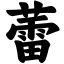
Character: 蕾